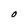
Character: O